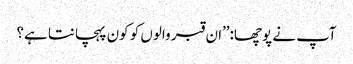
آپ نے پوچھا:’’ان قبر والوں کو کون پہچانتا ہے؟